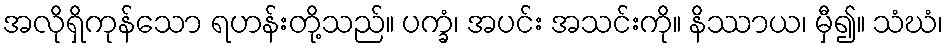
အလိုရှိကုန်သော ရဟန်းတို့သည်။ ပက္ခံ၊ အပင်း အသင်းကို။ နိဿာယ၊ မှီ၍။ သံဃံ၊